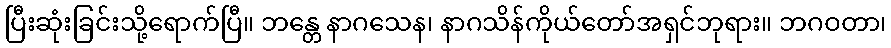
ပြီးဆုံးခြင်းသို့ရောက်ပြီ။ ဘန္တေ နာဂသေန၊ နာဂသိန်ကိုယ်တော်အရှင်ဘုရား။ ဘဂဝတာ၊